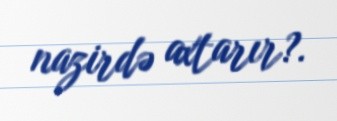
nazirdə axtarır?.